Vaccination in Burma 1920-1933 - 1920-1933
Year: 1920
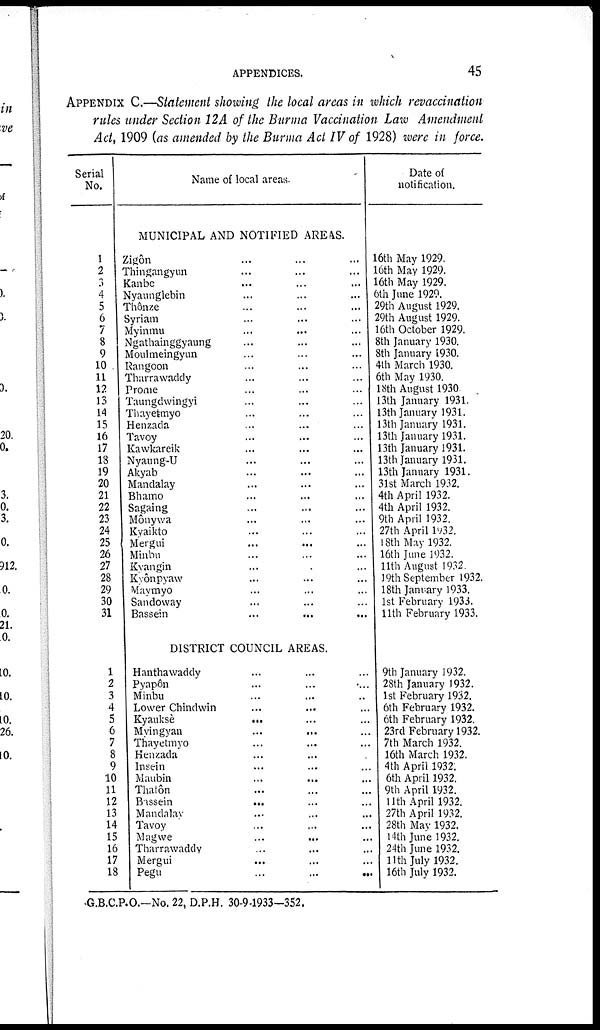
APPENDICES.
45
APPENDIX C.—Statement showing the local areas in which revaccination
rules under Section 12 A of the Burma Vaccination Law Amendment
Act, 1909 (as amended by the Burma Act IV of 1928) were in force.
Serial
No.
1
2
3
4
5
6
7
8
9
10
11
12
13
14
15
16
17
18
19
20
21
22
23
24
25
26
27
28
29
30
31
1
2
3
4
5
6
7
8
9
10
11
12
13
14
15
16
17
18
Name of local areas.
MUNICIPAL AND NOTIFIED AREAS.
Zigôn... ...
Thingangyun...
Kanbe... ...
Nyaunglebin... ...
Thônze... ...
Syriam... ...
Myinmu... ...
Ngathainggyaung... ...
Moulmeingyun... ...
Rangoon... ...
Tharrawaddy... ...
Prome... ...
Taungdwingyi... ...
Thayetmyo... ...
Henzada... ...
Tavoy... ...
Kawkareik... ...
Nyaung-U... ...
Akyab... ...
Mandalay... ...
Bhamo... ...
Sagaing... ...
Mônywa... ...
Kyaikto... ...
Mergui... ...
Minbu... ...
Kyangin... ...
Kyonpyaw... ...
Maymyo... ...
Sandoway... ...
Bassein... ...
DISTRICT COUNCIL AREAS.
Hanthawaddy... ...
Pyapôn... ...
Minbu... ...
Lower Chindwin... ...
Kyauksè...
...
Myingyan...
...
Thayetmyo... ...
Henzada... ...
Insein... ...
Maubin... ...
Thatôn... ...
Bissein...
...
Mandalay... ...
Tavoy... ...
Magwe... ...
Tharrawaddy... ...
Mergui... ...
Pegu... ...
Date of
notification.
16th May 1929.
10th May 1929.
16th May 1929.
6th June 1929.
29th August 1929.
29th August 1929.
16th October 1929.
8th January 1930.
8th January 1930.
4lh March 1930.
6th May 1930.
18th August 1930
13th January 1931.
13th January 1931.
13th January 1931.
13th January 1931.
13th January 1931.
13th January 1931.
13th January 1931.
31st March 1932.
4th April 1932.
4th April 1932.
9th April 1932.
27th April 1932.
18th May 1932.
16th June 1932.
11th August 1932
19th September 1932.
18th January 1933.
1st February 1933.
11th February 1933.
9th January 1932.
28th January 1932.
1st February 1932.
6th February 1932.
6th February 1932.
23rd February 1932.
7th March 1932.
16th March 1932.
4th April 1932.
6th April 1932.
9th April 1932.
11th April 1932.
27th April 1932.
28th May 1932.
14th June 1932.
24th June 1932.
11 th July 1932.
16th July 1932.
G.B.C.P.O.—No. 22, D.P.H. 30-9-1933—352.